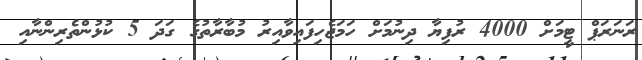
ރަނަރަޕް ޓީމަށް 4000 ރުފިޔާ ދިނުމަށް ހަމަޖެހިފައިވާއިރު މުބާރާތުގެ ގަދަ 5 ކުޅުންތެރިންނާއި